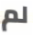
لم